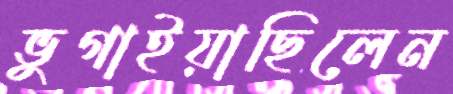
ভুগাইয়াছিলেন